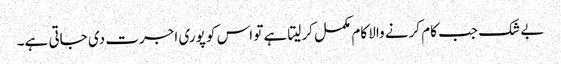
بے شک جب کام کرنے والا کام مکمل کرلیتا ہے تو اس کو پوری اجرت دی جاتی ہے۔